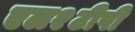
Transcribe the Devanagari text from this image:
एल२टीपी